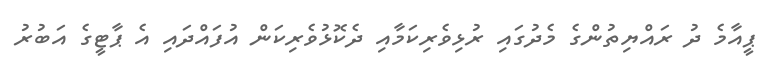
ޕީއާމެ ދު ރައްޔިތުންގެ މެދުގައި ރުޅިވެރިކަމާއި ދެކޮޅުވެރިކަން އުފައްދައި އެ ޕާޓީގެ އަބުރު